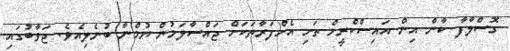
ގޮސްލާފާ ކާން އިން އައިސްކްރީމް ތަށި އެށްފަރާތަކަށް ޖައްސާލަމުން ޔުމްނާ ބުނެލިއެވެ. ޖަވާބުގައި